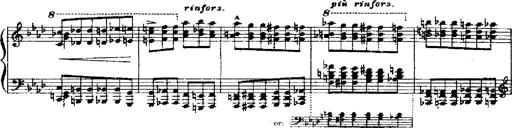
Title: RÃ©miniscences de Robert le diable
Composer: Franz Liszt